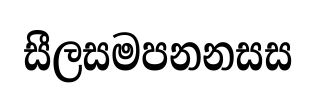
සීලසමපනනසස